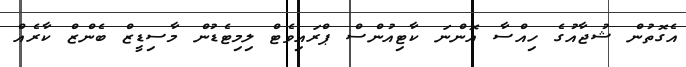
އެގޮތުން ޝުޖާއުގެ ހިއްސާ އޮންނަ ކާޓިއުންސް ޕްރައިވެޓް ލިމިޓެޑުން މާސިޑީޒް ބެންޒް ކާރެއް